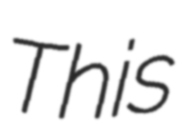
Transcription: This